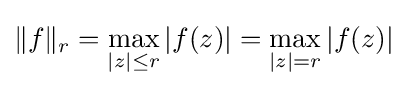
\|f\|_{r}=\max _{|z|\leq r}|f(z)|=\max _{|z|=r}|f(z)|